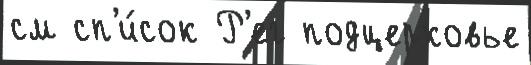
см сп'и́сок Р'ег подцерковье